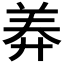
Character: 𦍰